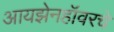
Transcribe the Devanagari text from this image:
आयझेनहॉवरचे